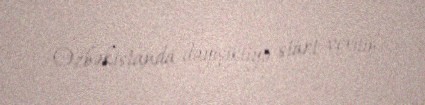
Özbəkistanda dəyişikliyə start verilib.